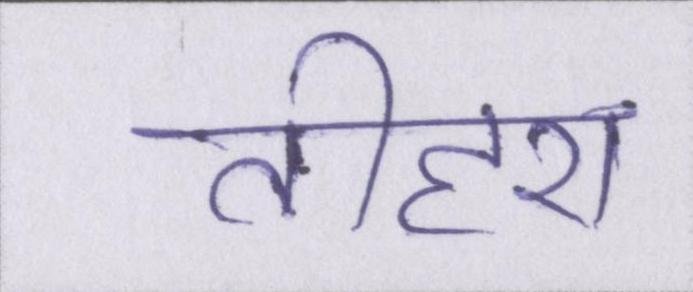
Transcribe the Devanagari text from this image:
तीहरा